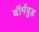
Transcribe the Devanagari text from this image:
वॉर्मवुड